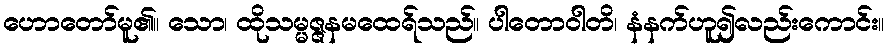
ဟောတော်မူ၏။ သော၊ ထိုသမ္မဇ္ဇနမထေရ်သည်။ ပါတောဝါတိ၊ နံနက်ဟူ၍လည်းကောင်း။